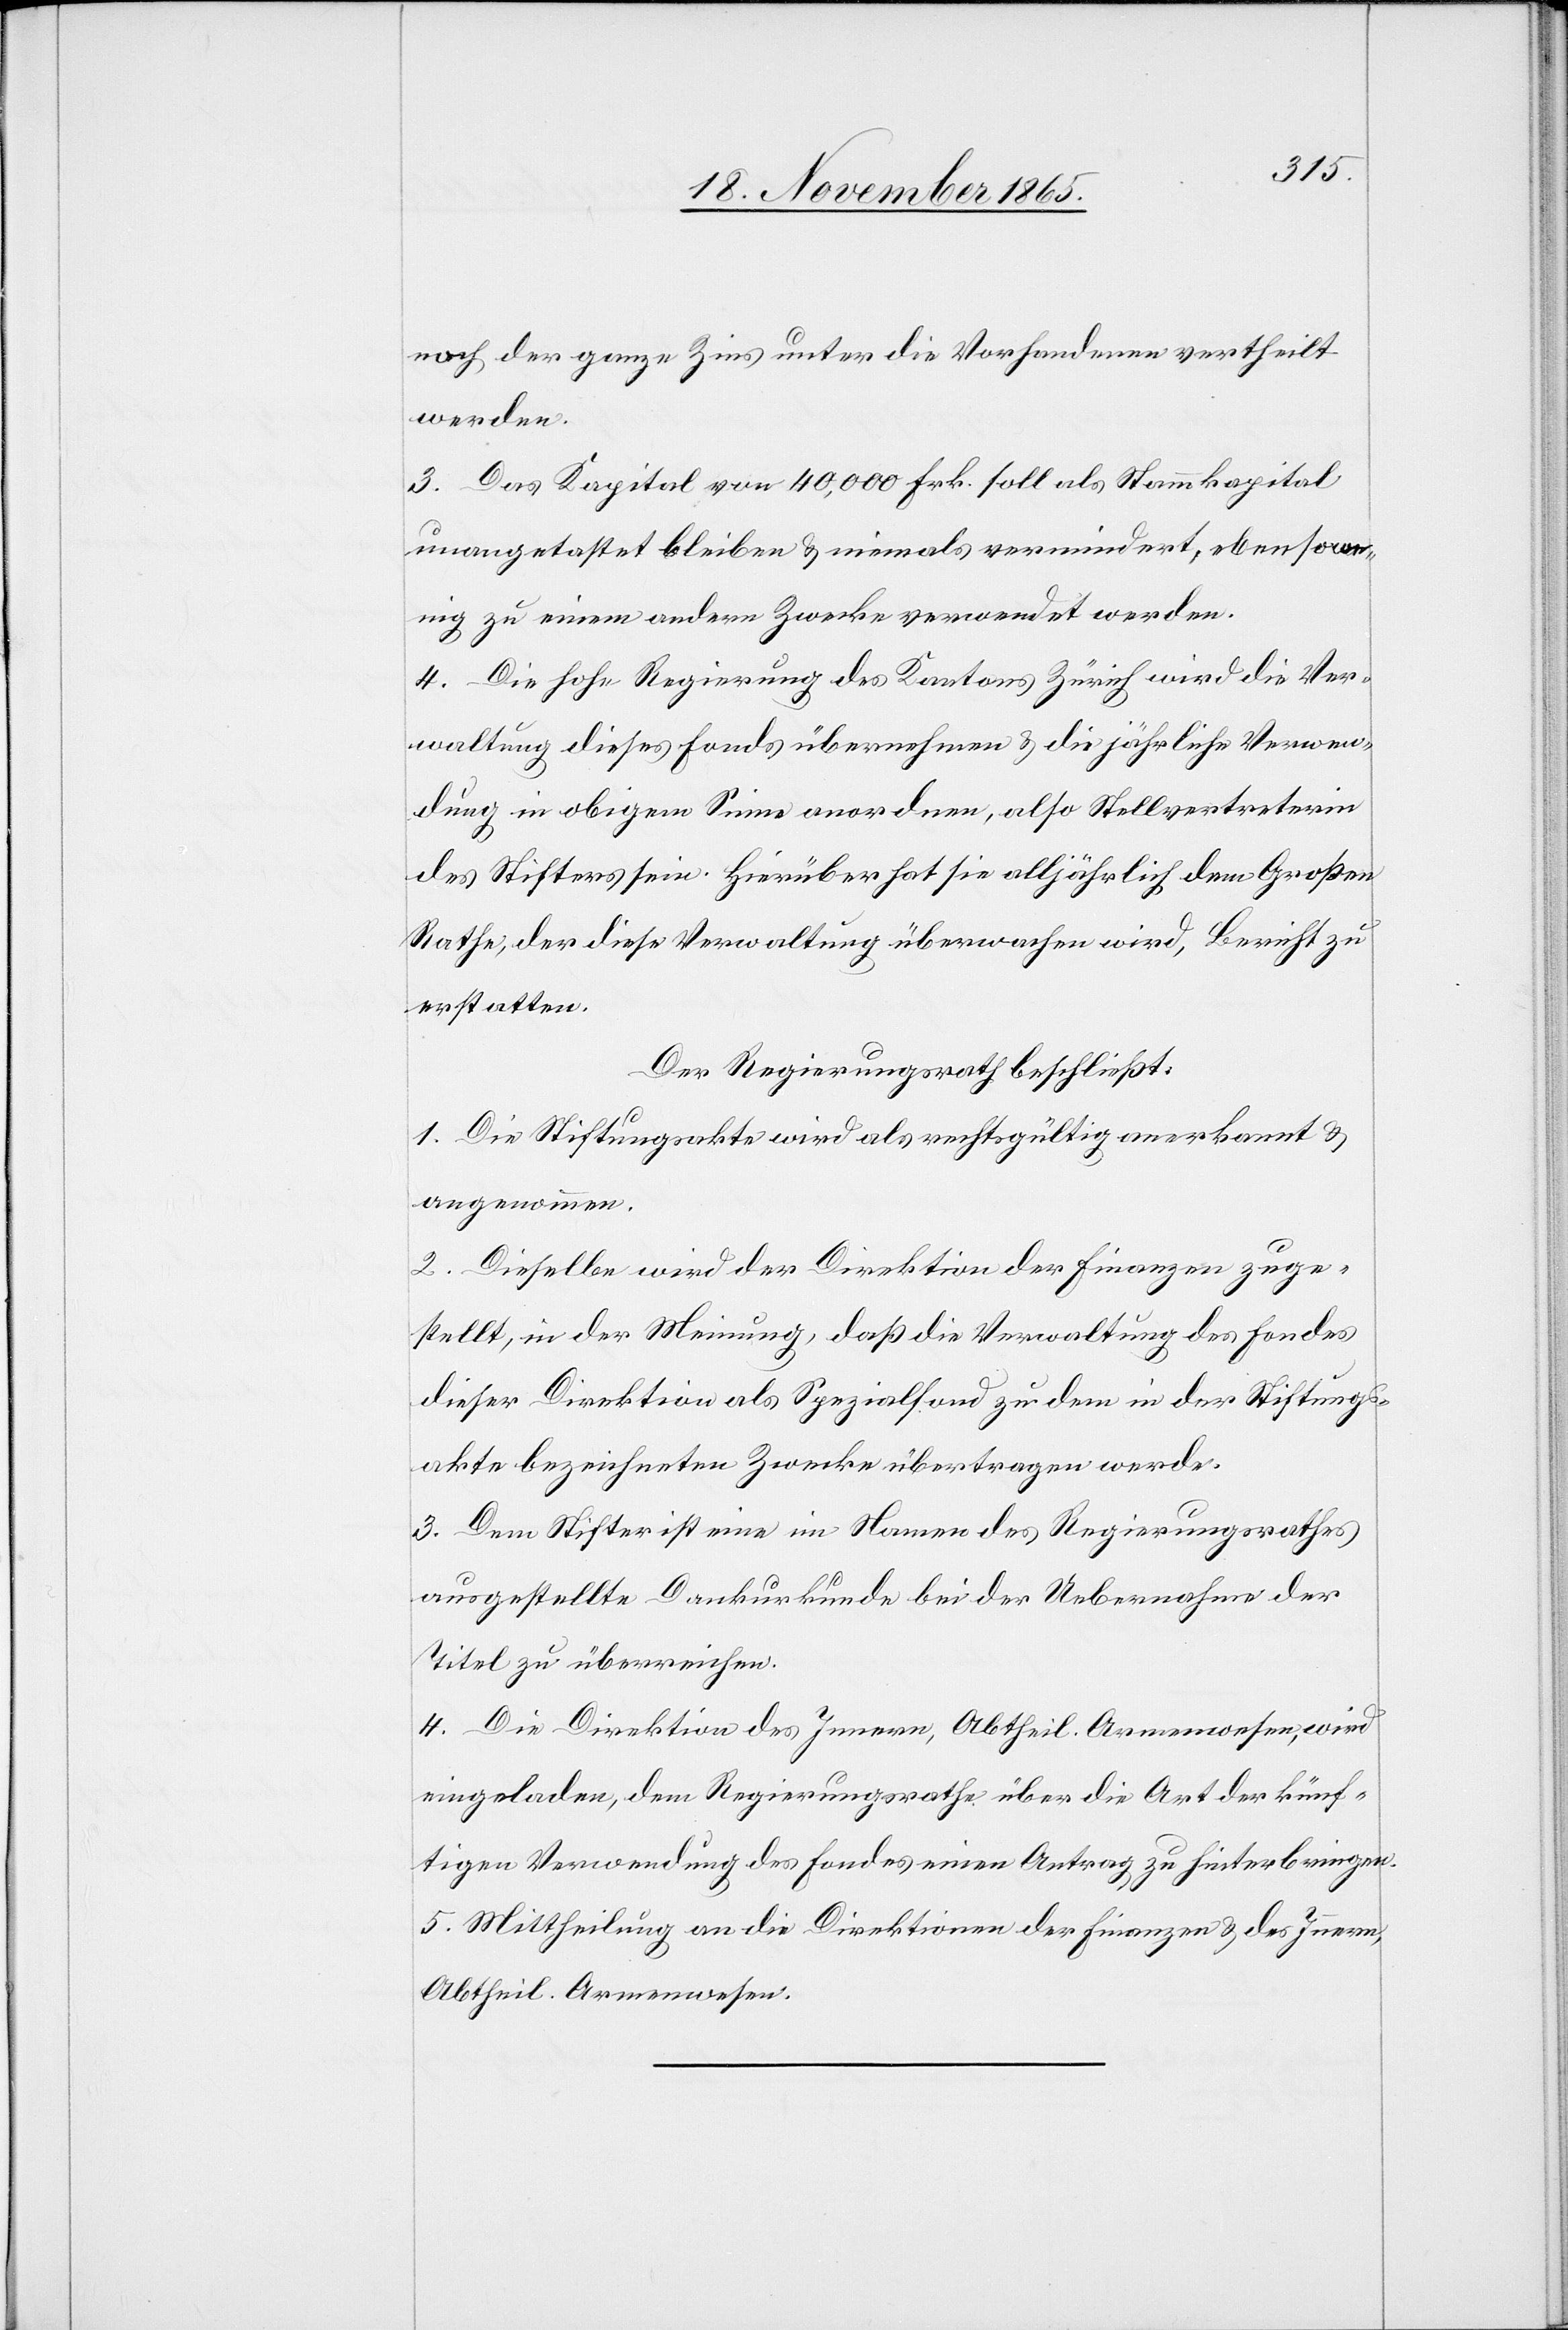
noch der ganze Zins unter die Vorhandenen vertheilt
werden.
3. Das Kapital von 40,000 Frk. soll als Stammkapital
unangetastet bleiben & niemals vermindert, ebensowe¬
nig zu einem andern Zwecke verwendet werden.
4. Die hohe Regierung des Kantons Zürich wird die Ver¬
waltung dieses Fonds übernehmen & die jährliche Verwen¬
dung im obigen Sinne anordnen, also Stellvertreterin
des Stifters sein. Hierüber hat sie alljährlich dem Großen
Rathe, der diese Verwaltung überwachen wird, Bericht zu
erstatten.
Der Regierungsrath beschließt:
1. Die Stiftungsakte wird als rechtsgültig anerkannt &
angenommen.
2. Dieselbe wird der Direktion der Finanzen zuge¬
stellt, in der Meinung, daß die Verwaltung des Fondes
dieser Direktion als Spezialfond zu dem in der Stiftungs¬
akte bezeichneten Zwecke übertragen werde.
3. Dem Stifter ist eine im Namen des Regierungsrathes
ausgestellte Dankurkunde bei der Uebernahme der
Titel zu überreichen.
4. Die Direktion des Innern, Abtheil. Armenwesen, wird
eingeladen, dem Regierungsrathe über die Art der künf¬
tigen Verwendung des Fondes einen Antrag zu hinterbringen.
5. Mittheilung an die Direktionen der Finanzen & des Innern,
Abtheil. Armenwesen.